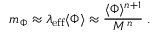
m _ { \Phi } \approx \lambda _ { \mathrm { e f f } } \langle \Phi \rangle \approx { \frac { \langle \Phi \rangle ^ { n + 1 } } { M ^ { n } } } \; .